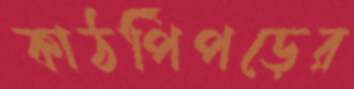
কাঠপিঁপড়ের